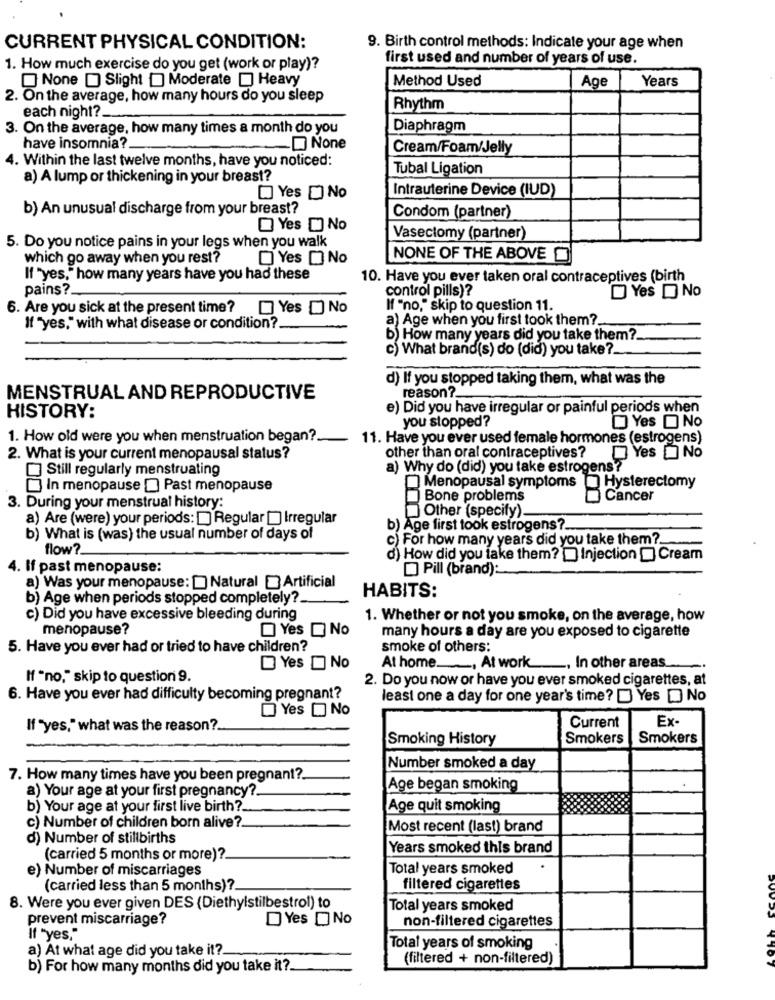
CURRENT PHYSICAL CONDITION:
9. Birth control methods: Indicate your age when
first used and number of years of use.
1. How much exercise do you get (work or play)?
None ) Slight [ Moderate [ Heavy
Method Used
Age
Years
2. On the average, how many hours do you sleep
Rhythm
each night ?.
3. On the average, how many times a month do you
Diaphragm
have insomnia ?.
Cream/Foam/Jelly
4. Within the last twelve months, have you noticed:
Tubal Ligation
a) A lump or thickening in your breast?
Yes D No
Intrauterine Device (IUD)
b) An unusual discharge from your breast?
Condom (partner)
Yes D No
Vasectomy (partner)
5. Do you notice pains in your legs when you walk
which go away when you rest?
Yes [] No
NONE OF THE ABOVE O
If "yes," how many years have you had these
10. Have you ever taken oral contraceptives (birth
pains ?.
control pills)?
Yes D No
6. Are you sick at the present time?
Yes D No
If "no," skip to question 11.
a) Age when you first took them ?_
If "yes," with what disease or condition ?.
b) How many years did you take them?
c) What brand(s) do (did) you take ?.
d) If you stopped taking them, what was the
reason ?.
MENSTRUAL AND REPRODUCTIVE
e) Did you have irregular or painful periods when
HISTORY:
Yes D No
you stopped?
1. How old were you when menstruation began ?.
11. Have you ever used female hormones (estrogens)
other than oral contraceptives?
2. What is your current menopausal status?
Yes No
] Still regularly menstruating
a) Why do (did) you take estrogens?
In menopause [ Past menopause
Menopausal symptoms
Hysterectomy
Bone problems
Cancer
3. During your menstrual history:
Other (specify).
a) Are (were) your periods: [ Regular [ Irregular
b) Age first took estrogens ?.
b) What is (was) the usual number of days of
c) For how many years did you take them ?.
flow ?_
d) How did you take them? Injection [ Cream
4. If past menopause:
Pill (brand):
a) Was your menopause: [ Natural Artificial
b) Age when periods stopped completely ?.
HABITS:
c) Did you have excessive bleeding during
1. Whether or not you smoke, on the average, how
menopause?
Yes D No
many hours a day are you exposed to cigarette
5. Have you ever had or tried to have children?
smoke of others:
Yes No
At home _, At work
., In other areas
If "no," skip to question 9.
2. Do you now or have you ever smoked cigarettes, at
6. Have you ever had difficulty becoming pregnant?
least one a day for one year's time? [ Yes [ No
Yes No
Ex-
If "yes," what was the reason ?.
Current
Smoking History
Smokers
Smokers
Number smoked a day
7. How many times have you been pregnant ?.
a) Your age at your first pregnancy ?.
Age began smoking
b) Your age at your first live birth ?_
Age quit smoking
c) Number of children born alive ?.
Most recent (last) brand
d) Number of stillbirths
Years smoked this brand
(carried 5 months or more)?
e) Number of miscarriages
Total years smoked
(carried less than 5 months) ?.
filtered cigarettes
8. Were you ever given DES (Diethylstilbestrol) to
Total years smoked
prevent miscarriage?
Yes D No
non-filtered cigarettes
If "yes,"
a) At what age did you take it ?.
Total years of smoking
(filtered + non-filtered)
b) For how many months did you take it ?.